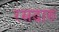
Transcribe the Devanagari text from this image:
रसदारु